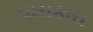
પાયકારા